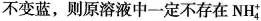
不变蓝，则原溶液中一定不存在NH_{4}^{+}